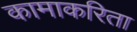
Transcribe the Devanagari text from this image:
कामाकरिता